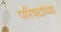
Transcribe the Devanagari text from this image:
परिषदांच्या